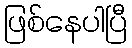
ဖြစ်နေပါပြီ